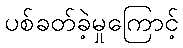
ပစ်ခတ်ခဲ့မှုကြောင့်